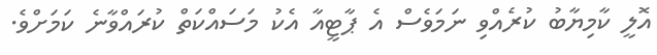
އޮލީ ކާމިޔާބު ކުރެއްވި ނަމަވެސް އެ ޕާޓީއާ އެކު މަސައްކަތް ކުރައްވާނެ ކަމަށްވެ.